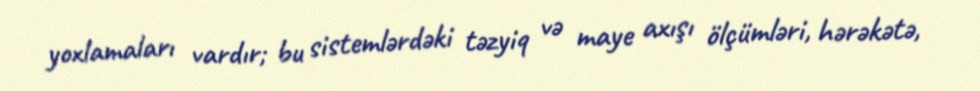
yoxlamaları vardır; bu sistemlərdəki təzyiq və maye axışı ölçümləri, hərəkətə,